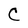
Character: C